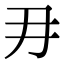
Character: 𭃂